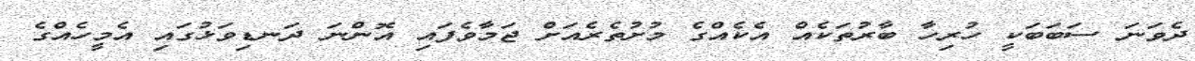
ދެވަނަ ސަބަބަކީ ހުރިހާ ބާރުތަކެއް އެކެއްގެ މުށުތެރެއަށް ޖަމާވެފައި އޮންނަ ދަނޑިވަޅުގައި އެމީހެއްގެ